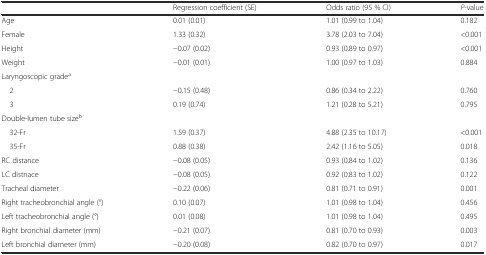
<table><thead><tr><td></td><td><b>Regression coefficient (SE)</b></td><td><b>Odds ratio (95 % CI)</b></td><td><b><i>P</i>-value</b></td></tr></thead><tbody><tr><td>Age</td><td>0.01 (0.01)</td><td>1.01 (0.99 to 1.04)</td><td>0.182</td></tr><tr><td>Female</td><td>1.33 (0.32)</td><td>3.78 (2.03 to 7.04)</td><td>&lt;0.001</td></tr><tr><td>Height</td><td>−0.07 (0.02)</td><td>0.93 (0.89 to 0.97)</td><td>&lt;0.001</td></tr><tr><td>Weight</td><td>−0.01 (0.01)</td><td>1.00 (0.97 to 1.03)</td><td>0.884</td></tr><tr><td>Laryngoscopic grade<sup>a</sup></td><td></td><td></td><td></td></tr><tr><td> 2</td><td>−0.15 (0.48)</td><td>0.86 (0.34 to 2.22)</td><td>0.760</td></tr><tr><td> 3</td><td>0.19 (0.74)</td><td>1.21 (0.28 to 5.21)</td><td>0.795</td></tr><tr><td>Double-lumen tube size<sup>b</sup></td><td></td><td></td><td></td></tr><tr><td> 32-Fr</td><td>1.59 (0.37)</td><td>4.88 (2.35 to 10.17)</td><td>&lt;0.001</td></tr><tr><td> 35-Fr</td><td>0.88 (0.38)</td><td>2.42 (1.16 to 5.05)</td><td>0.018</td></tr><tr><td>RC distance</td><td>−0.08 (0.05)</td><td>0.93 (0.84 to 1.02)</td><td>0.136</td></tr><tr><td>LC distnace</td><td>−0.08 (0.05)</td><td>0.92 (0.83 to 1.02)</td><td>0.122</td></tr><tr><td>Tracheal diameter</td><td>−0.22 (0.06)</td><td>0.81 (0.71 to 0.91)</td><td>0.001</td></tr><tr><td>Right tracheobronchial angle (°)</td><td>0.10 (0.07)</td><td>1.01 (0.98 to 1.04)</td><td>0.456</td></tr><tr><td>Left tracheobronchial angle (°)</td><td>0.01 (0.08)</td><td>1.01 (0.98 to 1.04)</td><td>0.495</td></tr><tr><td>Right bronchial diameter (mm)</td><td>−0.21 (0.07)</td><td>0.81 (0.70 to 0.93)</td><td>0.003</td></tr><tr><td>Left bronchial diameter (mm)</td><td>−0.20 (0.08)</td><td>0.82 (0.70 to 0.97)</td><td>0.017</td></tr></tbody></table>